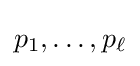
p_{1},\dots ,p_{\ell }